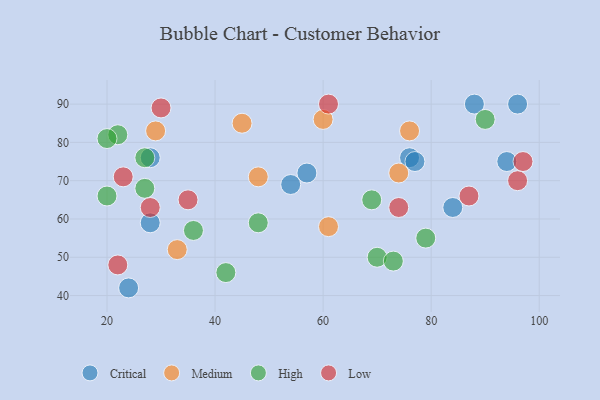
{"axis": {"x": "GDP", "y": "Life Expectancy"}, "legend": ["Critical", "High", "Low", "Medium"], "data": [{"x": "54", "y": 69, "type": "Critical"}, {"x": "76", "y": 76, "type": "Critical"}, {"x": "77", "y": 75, "type": "Critical"}, {"x": "57", "y": 72, "type": "Critical"}, {"x": "84", "y": 63, "type": "Critical"}, {"x": "24", "y": 42, "type": "Critical"}, {"x": "94", "y": 75, "type": "Critical"}, {"x": "28", "y": 59, "type": "Critical"}, {"x": "88", "y": 90, "type": "Critical"}, {"x": "96", "y": 90, "type": "Critical"}, {"x": "28", "y": 76, "type": "Critical"}, {"x": "60", "y": 86, "type": "Medium"}, {"x": "61", "y": 58, "type": "Medium"}, {"x": "74", "y": 72, "type": "Medium"}, {"x": "45", "y": 85, "type": "Medium"}, {"x": "76", "y": 83, "type": "Medium"}, {"x": "33", "y": 52, "type": "Medium"}, {"x": "29", "y": 83, "type": "Medium"}, {"x": "48", "y": 71, "type": "Medium"}, {"x": "22", "y": 82, "type": "High"}, {"x": "27", "y": 76, "type": "High"}, {"x": "90", "y": 86, "type": "High"}, {"x": "70", "y": 50, "type": "High"}, {"x": "36", "y": 57, "type": "High"}, {"x": "73", "y": 49, "type": "High"}, {"x": "48", "y": 59, "type": "High"}, {"x": "42", "y": 46, "type": "High"}, {"x": "27", "y": 68, "type": "High"}, {"x": "20", "y": 81, "type": "High"}, {"x": "69", "y": 65, "type": "High"}, {"x": "79", "y": 55, "type": "High"}, {"x": "20", "y": 66, "type": "High"}, {"x": "61", "y": 90, "type": "Low"}, {"x": "97", "y": 75, "type": "Low"}, {"x": "30", "y": 89, "type": "Low"}, {"x": "35", "y": 65, "type": "Low"}, {"x": "22", "y": 48, "type": "Low"}, {"x": "96", "y": 70, "type": "Low"}, {"x": "23", "y": 71, "type": "Low"}, {"x": "28", "y": 63, "type": "Low"}, {"x": "87", "y": 66, "type": "Low"}, {"x": "74", "y": 63, "type": "Low"}]}